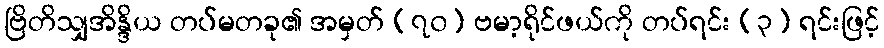
ဗြိတိသျှအိန္ဒိယ တပ်မတခု၏ အမှတ် (၇၀) ဗမာ့ရိုင်ဖယ်ကို တပ်ရင်း (၃) ရင်းဖြင့်